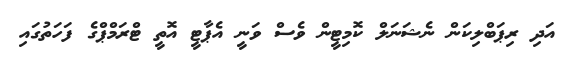
އަދި ރިޕަބްލިކަން ނެޝަނަލް ކޮމިޓީން ވެސް ވަނީ އެޕާޓީ އޮތީ ޓްރަމްޕްގެ ފަހަތުގައި